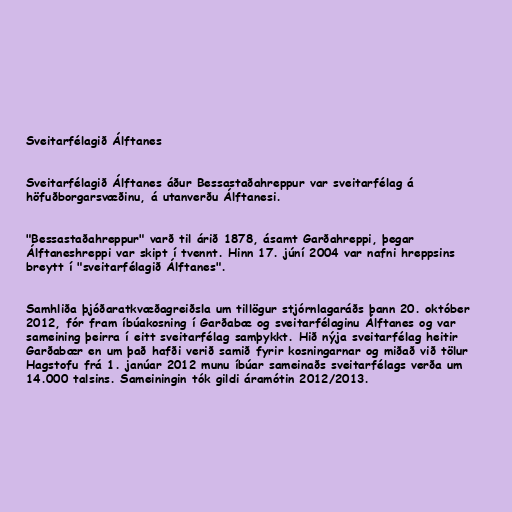
Sveitarfélagið Álftanes

Sveitarfélagið Álftanes áður Bessastaðahreppur var sveitarfélag á
höfuðborgarsvæðinu, á utanverðu Álftanesi.

"Bessastaðahreppur" varð til árið 1878, ásamt Garðahreppi, þegar
Álftaneshreppi var skipt í tvennt. Hinn 17. júní 2004 var nafni hreppsins
breytt í "sveitarfélagið Álftanes".

Samhliða þjóðaratkvæðagreiðsla um tillögur stjórnlagaráðs þann 20. október
2012, fór fram íbúakosning í Garðabæ og sveitarfélaginu Álftanes og var
sameining þeirra í eitt sveitarfélag samþykkt. Hið nýja sveitarfélag heitir
Garðabær en um það hafði verið samið fyrir kosningarnar og miðað við tölur
Hagstofu frá 1. janúar 2012 munu íbúar sameinaðs sveitarfélags verða um
14.000 talsins. Sameiningin tók gildi áramótin 2012/2013.